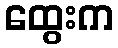
ထွေးက